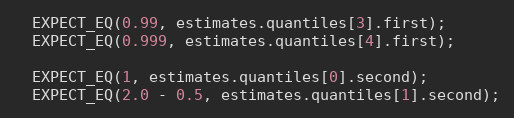
Language: C++
  EXPECT_EQ(0.99, estimates.quantiles[3].first);
  EXPECT_EQ(0.999, estimates.quantiles[4].first);

  EXPECT_EQ(1, estimates.quantiles[0].second);
  EXPECT_EQ(2.0 - 0.5, estimates.quantiles[1].second);